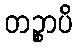
တဉ္စာပိ